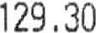
129.30